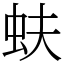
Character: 蚨